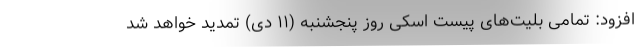
افزود: تمامی بلیت‌های پیست اسکی روز پنجشنبه (۱۱ دی) تمدید خواهد شد